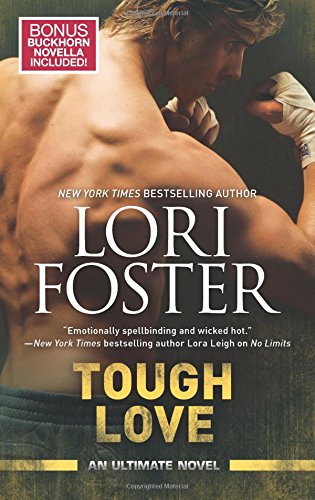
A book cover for Tough Love: Back to Buckhorn bonus novella (An Ultimate Novel); Lori Foster; Romance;